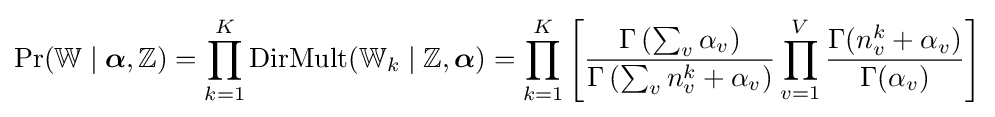
\Pr(\mathbb {W} \mid {\boldsymbol {\alpha }},\mathbb {Z} )=\prod _{k=1}^{K}\operatorname {DirMult} (\mathbb {W} _{k}\mid \mathbb {Z} ,{\boldsymbol {\alpha }})=\prod _{k=1}^{K}\left[{\frac {\Gamma \left(\sum _{v}\alpha _{v}\right)}{\Gamma \left(\sum _{v}n_{v}^{k}+\alpha _{v}\right)}}\prod _{v=1}^{V}{\frac {\Gamma (n_{v}^{k}+\alpha _{v})}{\Gamma (\alpha _{v})}}\right]